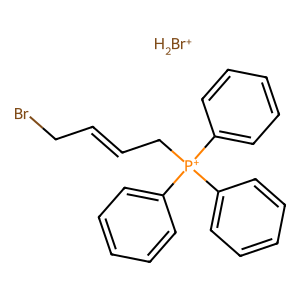
SMILES: BrCC=CC[P+](c1ccccc1)(c1ccccc1)c1ccccc1.[BrH2+]
Inhibits HIV replication: No